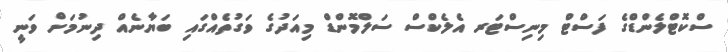
ސްކޮޓްލެންޑްގެ ފަސްޓް މިނިސްޓަރ އެލެކްސް ސަލްމޮންޑް މިއަދުގެ ވަގުތެއްގައި ބަޔާނެއް ދިނުމަށް ވަނީ